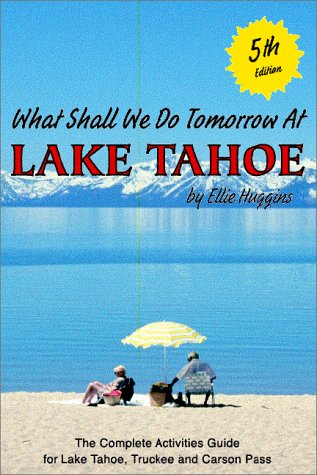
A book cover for What Shall We Do Tomorrow at Lake Tahoe 5th Edition : A Complete Activities Guide for Lake Tahoe, Truckee and Carson Pass; Ellie Huggins; Travel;